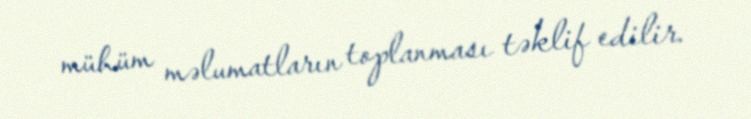
mühüm məlumatların toplanması təklif edilir.